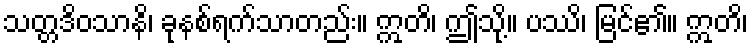
သတ္တဒိဝသာနိ၊ ခုနစ်ရက်သာတည်း။ ဣတိ၊ ဤသို့။ ပဿိ၊ မြင်၏။ ဣတိ၊